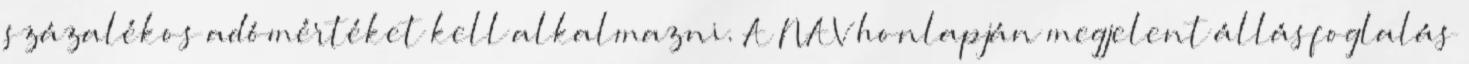
százalékos adómértéket kell alkalmazni. A NAV honlapján megjelent állásfoglalás